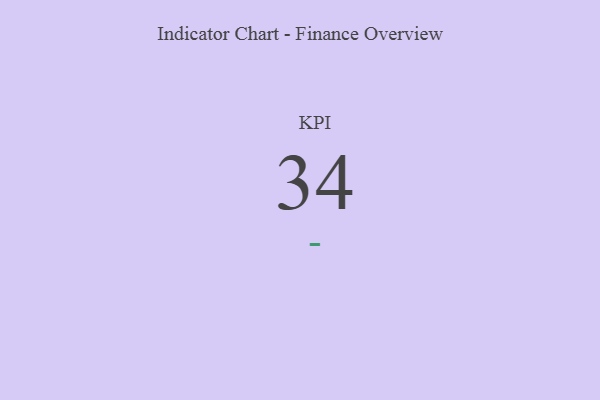
{"axis": {"x": "KPI", "y": "Value"}, "legend": [""], "data": [{"x": "KPI", "y": 34, "type": ""}]}